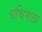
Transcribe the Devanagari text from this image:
प्रथिमक्त